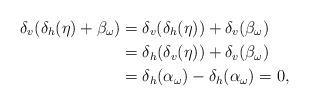
LaTeX: \begin{align*} \delta_v(\delta_h(\eta)+\beta_\omega)&= \delta_v(\delta_h(\eta))+\delta_v(\beta_\omega)\\ &=\delta_h(\delta_v(\eta))+\delta_v(\beta_\omega)\\ &=\delta_h(\alpha_\omega)-\delta_h(\alpha_\omega)=0,\\\end{align*}